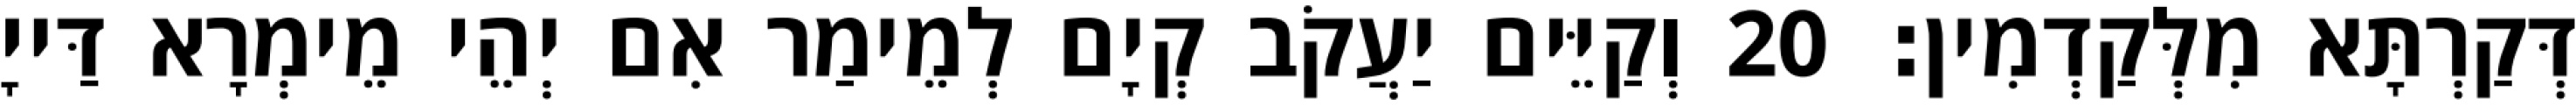
דְּקַרְתָּא מִלְּקַדְמִין׃ 20 וְקַיֵּים יַעֲקֹב קְיָם לְמֵימַר אִם יְהֵי מֵימְרָא דַּייָ